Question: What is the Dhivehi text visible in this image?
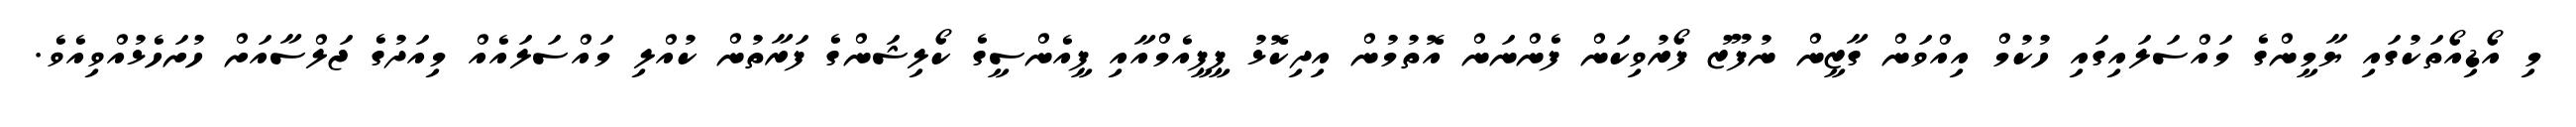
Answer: މި އޯޑިއޯތަކުގައި ޔާމީންގެ މައްސަލައިގައި ހުކުމް އިއްވަން ގާޒީން ނުފޫޒު ފޯރުވިކަން ފެންނަން އޮތުމުން އިދިކޮޅު ޕީޕީއެމްއާއި ޕީއެންސީގެ ކޯލިޝަންގެ ފަރާތުން ކުއްލި މައްސަލައެއް މިއަދުގެ ޖަލްސާއަށް ހުށަހެޅުއްވިއެވެ.